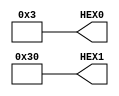
module seven3b(HEX0, HEX1); //3b;
output [6:0] HEX0, HEX1;

assign HEX1 = 7 'b0110000;
assign HEX0[0] = 1;
assign HEX0[1] = 1;
assign HEX0[2] = 0;
assign HEX0[3] = 0;
assign HEX0[4] = 0;
assign HEX0[5] = 0;
assign HEX0[6] = 0;
endmodule